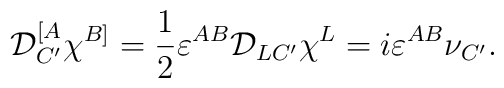
{\cal D}^{[A}_{C'}\chi^{B]}=\frac{1}{2}\varepsilon^{AB}{\cal D}_{LC'}\chi^L=i\varepsilon^{AB}\nu_{C'}.